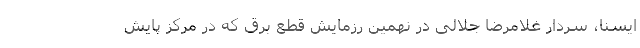
ایسنا، سردار غلامرضا جلالی در نهمین رزمایش قطع برق که در مرکز پایش